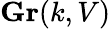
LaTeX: \mathbf{Gr}(k,V)